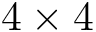
4 \times 4